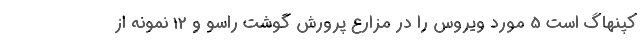
کپنهاگ است 5 مورد ویروس را در مزارع پرورش گوشت راسو و 12 نمونه از